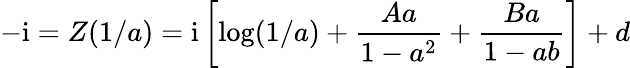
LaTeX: -\mathrm{i}=Z(1/a)=\mathrm{i}\left[\log(1/a)+{\frac{Aa}{1-a^{2}}}+{\frac{Ba}{1-ab}}\right]+d